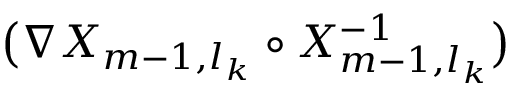
\bigl ( \nabla X _ { m - 1 , l _ { k } } \circ X _ { m - 1 , l _ { k } } ^ { - 1 } \bigr )